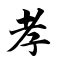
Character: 孝